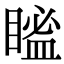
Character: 𥉓